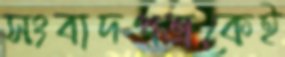
সংবাদপত্রকেই